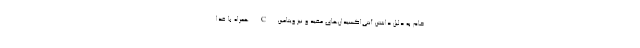
خام به دلیل داشتن آنتی‌اکسیدان‌های مفید و نیز ویتامین C همراه با غذا